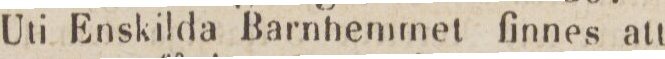
Uli Enskilda Barnhemmet finnes att